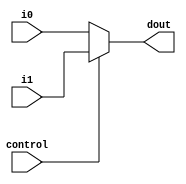
`timescale 1ns / 1ps


// This component is a 1 bit mux with 16 bit inputs.

module mux1(
    input [15:0] i0,
    input [15:0] i1,
    input control,
    output reg [15:0] dout
    );

	 always @(i0,i1,control) begin
		if (control == 0)
			dout <= i0;
		else
			dout <= i1;
	 end


endmodule